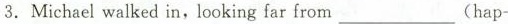
3 .Michael walked in, looking far from___(hap-